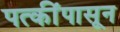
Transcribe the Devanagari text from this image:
पत्कींपासून